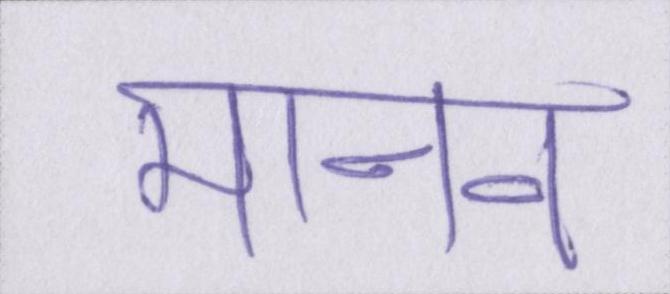
मानव